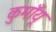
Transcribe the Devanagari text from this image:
कुमाँयू